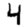
Digit: 4